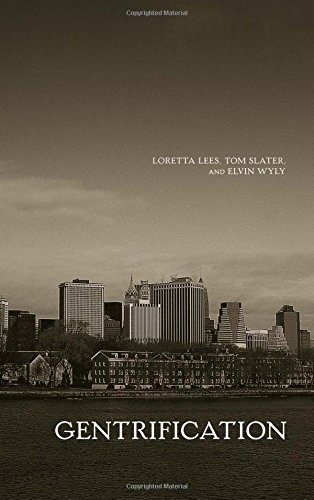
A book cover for Gentrification; Loretta Lees; Politics & Social Sciences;